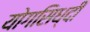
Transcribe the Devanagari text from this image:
योगसिध्दी